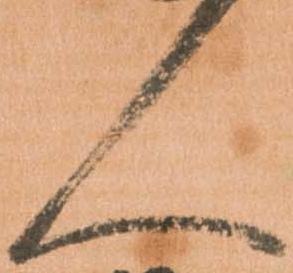
人